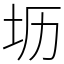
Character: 坜